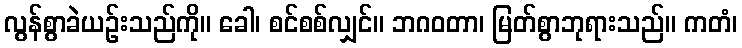
လွန်စွာခဲယဉ်းသည်ကို။ ခေါ၊ စင်စစ်လျှင်။ ဘဂဝတာ၊ မြတ်စွာဘုရားသည်။ ကတံ၊